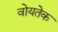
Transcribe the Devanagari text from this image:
वोयतेक